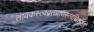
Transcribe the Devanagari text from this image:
तावकस्त्वद्गतप्राणस्त्वच्चित्तोऽहं